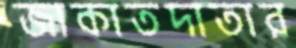
জাকাতদাতার